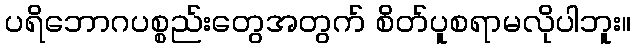
ပရိဘောဂပစ္စည်းတွေအတွက် စိတ်ပူစရာမလိုပါဘူး။